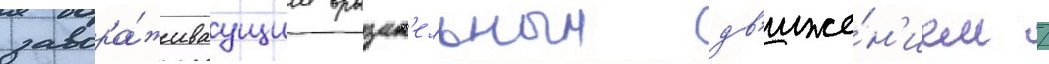
завора́живаущим вращат'ельным дв'иже́н'ием /